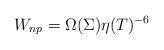
LaTeX: \begin{align*}W_{np}=\Omega(\Sigma)\eta(T)^{-6}\end{align*}